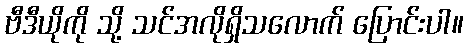
ဗီဒီယိုကို သို့ သင်အလိုရှိသလောက် ပြောင်းပါ။